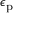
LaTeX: \epsilon _ { \mathrm { { p } } }